Tezpur Lunatic Asylum reports 1877-1894 - 1877-1894
Year: 1877
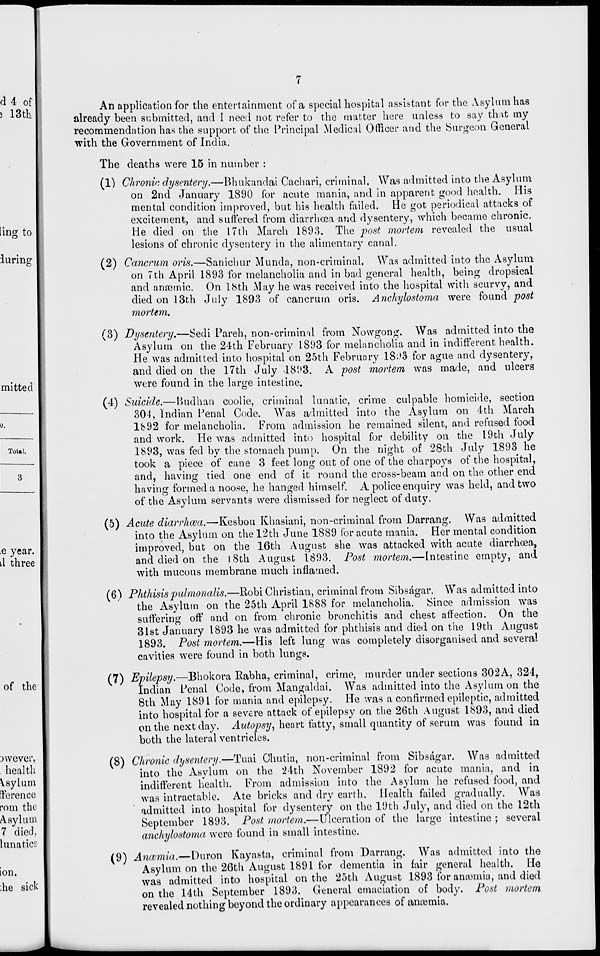
d 4 of
i 13th
Total.
An application for the entertainment of a special hospital assistant for the Asylum has
already been submitted, and 1 need not refer to the matter here unless to say that my
recommendation has the support of the Principal Medical Officer and the Surgeon General
with the Government of India.
The deaths were 15 in number :
(1) Chronic dysentery.—Bhukandai Cachari, criminal. Was admitted into the Asylum
on 2nd January 1890 for acute mania, and in apparent good health. His
mental condition improved, but his health failed. He got periodical attacks of
excitement, and suffered from diarrhoea and dysentery, which became chronic.
He died on the 17th March 1893. The post mortem revealed the usual
lesions of chronic dysentery in the alimentary canal.
(2) Cancrum oris.—Sanichur Munda, non-criminal. Was admitted into the Asylum
on 7th April 1893 for melancholia and in bad general health, being dropsical
and anaemic. On 18th May he was received into the hospital with scurvy, and
died on 13th July 1893 of cancrum oris. Anchylostoma were found post
mortem.
(3) Dysentery.—Sedi Pareh, non-criminal from Nowgong. Was admitted into the
Asylum on the 24th February 1893 for melancholia and in indifferent health.
He was admitted into hospital on 25th February 18;>3 for ague and dysentery,
and died on the 17th July 1893. A post mortem was made, and ulcers
were found in the large intestine.
(4) Suicide.—Budhan coolie, criminal lunatic, crime culpable homicide, section
304, Indian Penal Code. Was admitted into the Asylum on 4th March
1892 for melancholia. From admission he remained silent, and refused food
and work. He was admitted into hospital for debility on the 19th July
1893, was fed by the stomach pump. On the night of 28th July 1893 he
took a piece of cane 3 feet long out of one of the charpoys of the hospital,
and, having tied one end of it round the cross-beam and on the other end
having formed a noose, he hanged himself. A police enquiry was held, and two
of the Asylum servants were dismissed for neglect of duty.
(5) Acute diarrhcea.—Kesbou Khasiani, non-criminal from Darrang. Was admitted
into the Asylum on the 12th June 1889 for acute mania. Her mental condition
improved, but on the 16th August she was attacked with acute diarrhoea,
and died on the 18th August 1893. Post mortem.—Intestine empty, and
with mucous membrane much inflamed.
(6) Phthisispidmonalis.—Robi Christian, criminal from Sibsagar. Was admitted into
the Asylum on the 25th April 1888 for melancholia. Since admission was
suffering off and on from chronic bronchitis and chest affection. On the
31st January 1893 he was admitted for phthisis and died on the 19th August
1893. Post mortem.—His left lung was completely disorganised and several
cavities were found in both lungs.
(7) Epilepsy.—Bhokora Rabha, criminal, crime, murder under sections 302A, 324,
Indian Penal Code, from Mangaldai. Was admitted into the Asylum on the
8th May 1891 for mania and epilepsy. He was a confirmed epileptic, admitted
into hospital for a severe attack of epilepsy on the 26th August 1893, and died
on the next day. Autopsy, heart fatty, small quantity of serum was found in
both the lateral ventricles.
(8) Chronic dysentery.—Tuai Chutia, non-criminal from Sibsagar. Was admitted
into the Asylum on the 24th November 1892 for acute mania, and in
indifferent health. From admission into the Asylum he refused food, and
was intractable. Ate bricks and dry earth. Health failed gradually. Was
admitted into hospital for dysentery on the 19th July, and died on the 12th
September 1893. Post mortem.—Ulceration of the large intestine ; several
anchylostoma were found in small intestine.
(9) Ancvmia.—Duron Kayasta, criminal from Darrang. Was admitted into the
Asylum on the 26th August 1891 for dementia in fair general health. He
was admitted into hospital on the 25th August 1893 for aniemia, and died
on the 14th September 1893. General emaciation of body. Post mortem
revealed nothing beyond the ordinary appearances of anaemia.